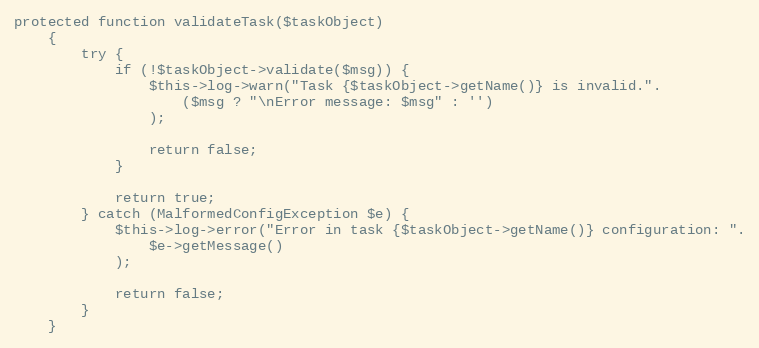
Language: PHP
protected function validateTask($taskObject)
    {
        try {
            if (!$taskObject->validate($msg)) {
                $this->log->warn("Task {$taskObject->getName()} is invalid.".
                    ($msg ? "\nError message: $msg" : '')
                );

                return false;
            }

            return true;
        } catch (MalformedConfigException $e) {
            $this->log->error("Error in task {$taskObject->getName()} configuration: ".
                $e->getMessage()
            );

            return false;
        }
    }